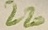
Text: 220